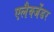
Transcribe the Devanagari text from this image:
एलैक्जेंडर